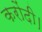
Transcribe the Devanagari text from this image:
करोंदी।